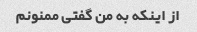
از اینکه به من گفتی ممنونم